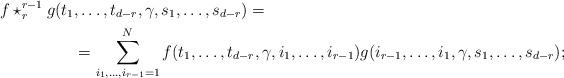
LaTeX: \begin{align*}f \star_{r}^{r-1} g (t_1&,\dots, t_{d-r},\gamma, s_1,\dots, s_{d-r}) = \\&=\sum\limits_{i_1,\dots, i_{r-1}=1}^{N}f(t_1,\dots, t_{d-r},\gamma, i_1,\dots, i_{r-1})g(i_{r-1},\dots, i_{1}, \gamma,s_1,\dots,s_{d-r});\end{align*}